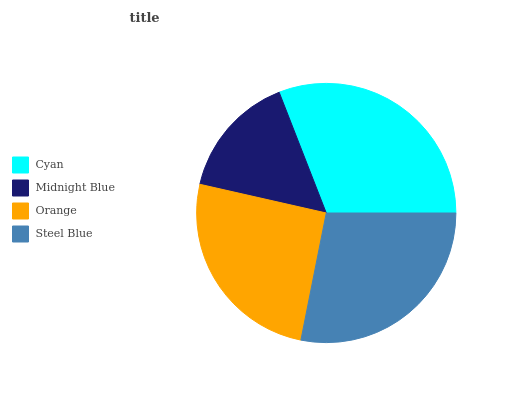
| Cyan | Midnight Blue | Orange | Steel Blue |
 | --- | --- | --- | --- |
 | 30.9% | 15.5% | 25.5% | 28.2% |